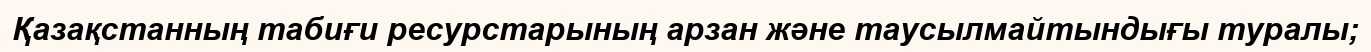
Қазақстанның табиғи ресурстарының арзан және таусылмайтындығы туралы;